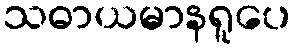
သဓာယမာနရူပေ